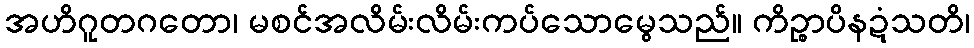
အဟိဂူတဂတော၊ မစင်အလိမ်းလိမ်းကပ်သောမွေသည်။ ကိဉ္စာပိနဍံသတိ၊